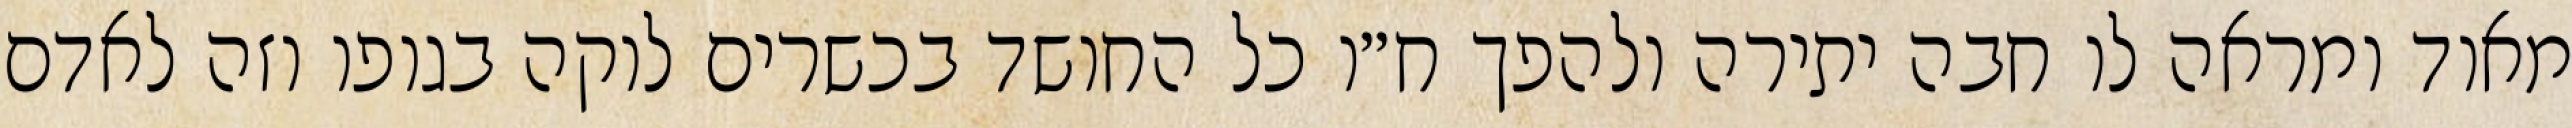
מאוד ומראה לו חבה יתירה ולהפך ח״ו כל החושד בכשרים לוקה בגופו וזה לאדם